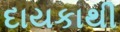
દાયકાથી